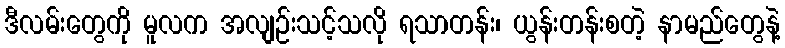
ဒီလမ်းတွေကို မူလက အလျဉ်းသင့်သလို ရသာတန်း၊ ယွန်းတန်းစတဲ့ နာမည်တွေနဲ့